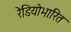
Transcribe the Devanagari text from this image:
रेडियोभारित